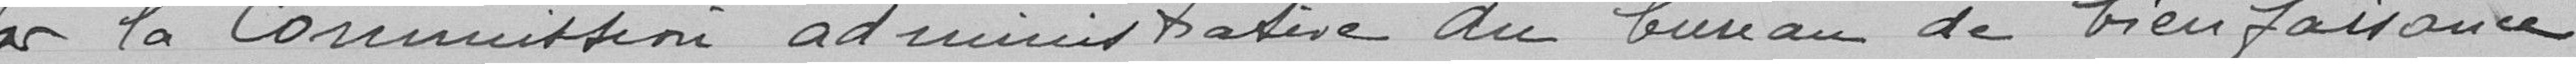
par la commission administrative du bureau de bienfaisance